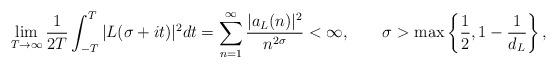
LaTeX: \begin{align*}\lim_{T\to\infty}\frac{1}{2T}\int_{-T}^T |L(\sigma+it)|^2dt = \sum_{n=1}^\infty\frac{|a_L(n)|^2}{n^{2\sigma}}<\infty,\qquad\sigma>\max\left\{\frac{1}{2},1-\frac{1}{d_L}\right\},\end{align*}